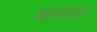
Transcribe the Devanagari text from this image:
कापतात